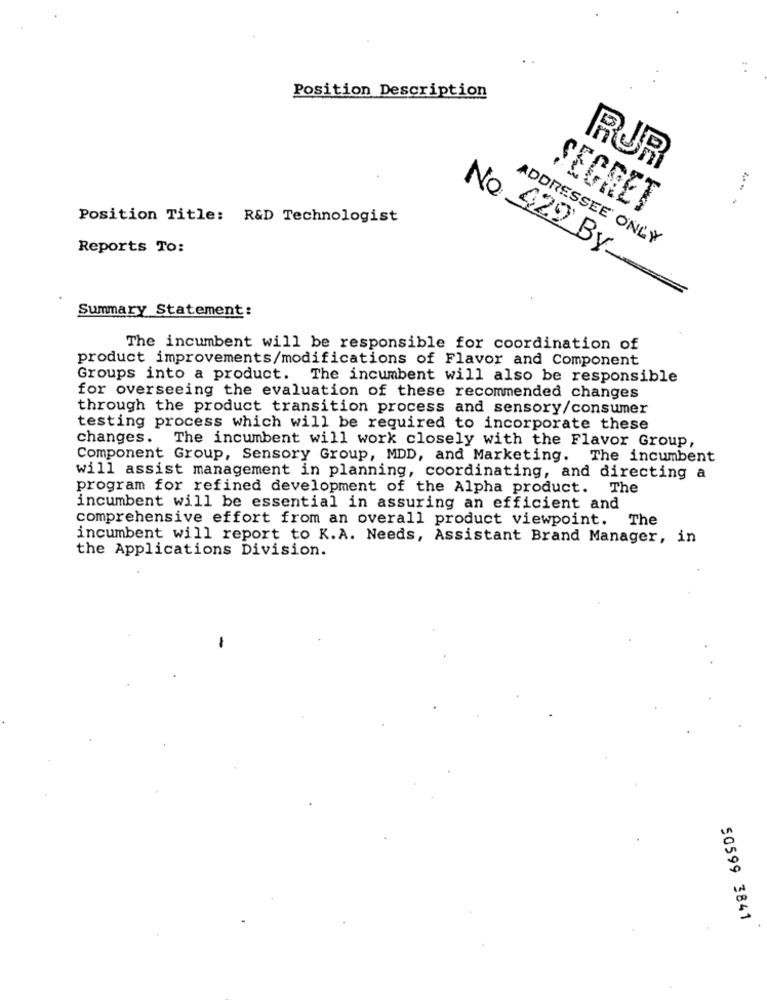
Position Description
RUR
SECRET
Position Title: R&D Technologist
Reports To:
ADDRESSEE ONLY
No. 429 By
Summary Statement:
The incumbent will be responsible for coordination of
product improvements/modifications of Flavor and Component
Groups into a product. The incumbent will also be responsible
for overseeing the evaluation of these recommended changes
through the product transition process and sensory/consumer
testing process which will be required to incorporate these
changes. The incumbent will work closely with the Flavor Group,
Component Group, Sensory Group, MDD, and Marketing. The incumbent
will assist management in planning, coordinating, and directing a
program for refined development of the Alpha product. The
incumbent will be essential in assuring an efficient and
comprehensive effort from an overall product viewpoint. The
incumbent will report to K.A. Needs, Assistant Brand Manager, in
the Applications Division.
-
50599 3841